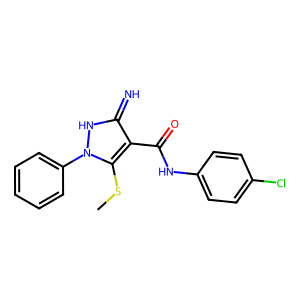
SMILES: CSc1c(C(=O)Nc2ccc(Cl)cc2)c(=N)[nH]n1-c1ccccc1
Inhibits HIV replication: No